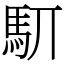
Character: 䭶